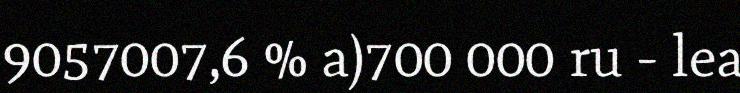
9057007,6 % a)700 000 ru - lea